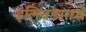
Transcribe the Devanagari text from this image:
इलियडमध्ये